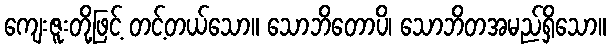
ကျေးဇူးတို့ဖြင့် တင့်တယ်သော။ သောဘိတောပိ၊ သောဘိတအမည်ရှိသော။